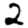
Digit: 2